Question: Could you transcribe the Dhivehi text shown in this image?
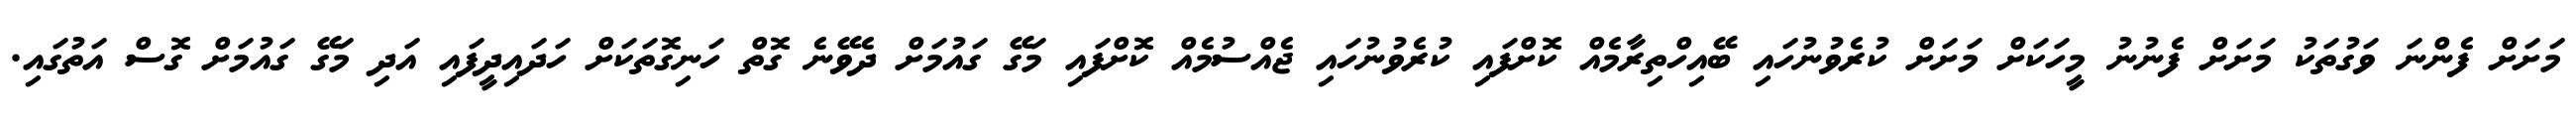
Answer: މަށަށް ފެންނަ ވަގުތަކު މަށަށް ފެނުނު މީހަކަށް މަށަށް ކުރެވުނުހައި ބޭއިހްތިރާމެއް ކޮށްފައި ކުރެވުނުހައި ޖެއްސުމެއް ކޮށްފައި މަގޭ ގައުމަށް ދެވޭނެ ގޮތް ހަނިގޮތަކަށް ހަދައިދީފައި އަދި މަގޭ ގައުމަށް ގޮސް އަތުގައި.